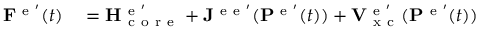
\begin{array} { r l } { \mathbf { F } ^ { \mathrm { ~ e ~ } ^ { \prime } } ( t ) } & { { } = \mathbf { H } _ { \mathrm { ~ c ~ o ~ r ~ e ~ } } ^ { \mathrm { ~ e ~ } ^ { \prime } } + \mathbf { J } ^ { \mathrm { ~ e ~ e ~ } ^ { \prime } } ( \mathbf { P } ^ { \mathrm { ~ e ~ } ^ { \prime } } ( t ) ) + \mathbf { V } _ { \mathrm { ~ x ~ c ~ } } ^ { \mathrm { ~ e ~ } ^ { \prime } } ( \mathbf { P } ^ { \mathrm { ~ e ~ } ^ { \prime } } ( t ) ) } \end{array}